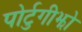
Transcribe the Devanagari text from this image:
पोर्टुगीझो